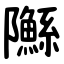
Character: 䧰